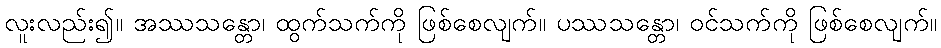
လူးလည်း၍။ အဿသန္တော၊ ထွက်သက်ကို ဖြစ်စေလျက်။ ပဿသန္တော၊ ဝင်သက်ကို ဖြစ်စေလျက်။